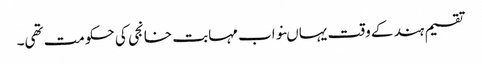
تقسیم ہند کے وقت یہاںنواب مہابت خانجی کی حکومت تھی۔